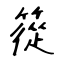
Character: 篵